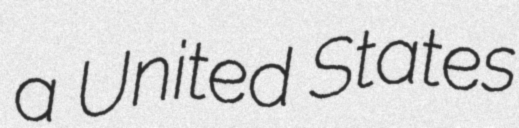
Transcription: a United States